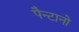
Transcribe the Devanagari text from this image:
पैन्टानो